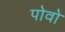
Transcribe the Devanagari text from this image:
पोवो